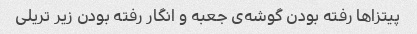
پیتزا‌ها رفته بودن گوشه‌ی جعبه و انگار رفته بودن زیر تریلی